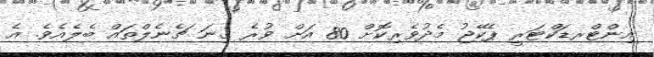
އިންޓްރޑަކްޓަރީ ޕެކޭޖު މެދުވެރިކޮށް 80 އަށް ވުރެ ގިނަ ޗެނެލްތައް ބެލެއެވެ. އެ